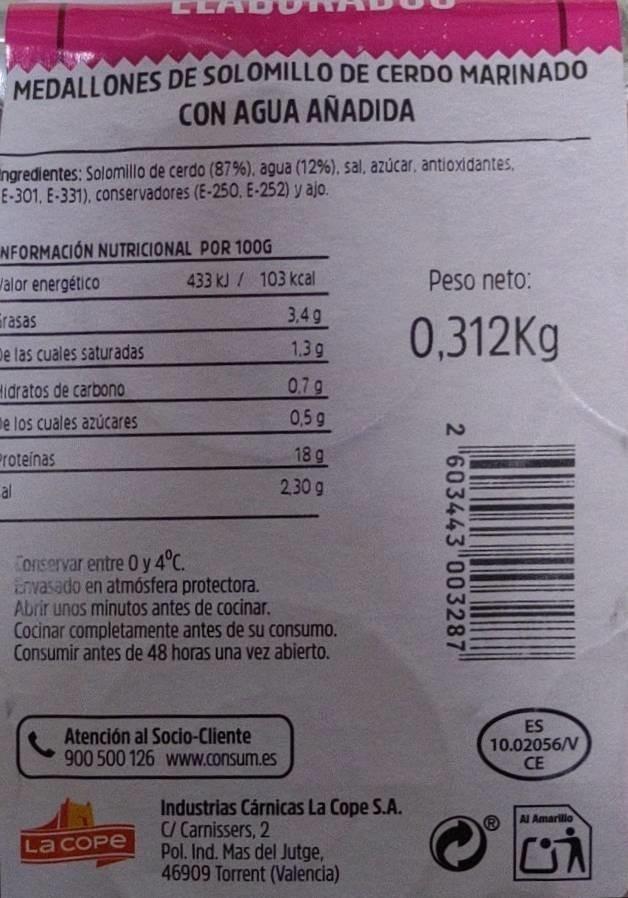
MEDALLONES DE SOLOMILLO DE CERDO MARINADO CON AGUA AÑADIDA
Ingredientes: Solomillo de cerdo (87%), agua (12%), sal, azúcar, antioxidantes, E-301, E-331), conservadores (E-250. E-252) y ajo.
NFORMACIÓN NUTRICIONAL POR 100G
Jalor energético
433 kJ / 103 kcal
Peso neto:
Erasas
3,4g
0,312Kg
De las cuales saturadas
1.3g
Hidratos de carbono
0.7 g
ne los cuales azúcares
0,5g
Proteinas
18g
al
230 g
Conservar entre 0 y 4°C. Envasado en atmósfera protectora. Abrir unos minutos antes de cocinar. Cocinar completamente antes de su consumo. Consumir antes de 48 horas una vez abierto.
Atención al Socio-Cliente 900 500 126 www.consum.es
ES 10.02056/V CE
Industrias Cárnicas La Cope S.A. C/ Carnissers, 2 Pol. Ind. Mas del Jutge, 46909 Torrent (Valencia)
Al Amarillo
La COPE
2 "603443"003287